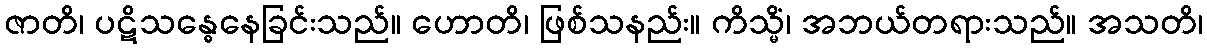
ဇာတိ၊ ပဋိသန္ဓေနေခြင်းသည်။ ဟောတိ၊ ဖြစ်သနည်း။ ကိသ္မိံ၊ အဘယ်တရားသည်။ အသတိ၊